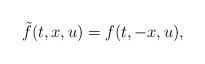
LaTeX: \begin{align*}\tilde f(t,x,u)=f(t,-x,u),\end{align*}